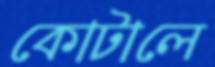
কোটালে